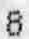
8